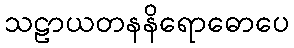
သဠာယတနနိရောဓောပေ